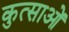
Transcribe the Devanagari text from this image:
कुत्साओं